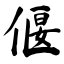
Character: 偃